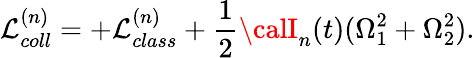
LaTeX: \mathcal{L}_{coll}^{(n)}=+\mathcal{L}_{class}^{(n)}+\frac{{1}}{{2}}{\calI}_{n}(t)(\Omega_{1}^{2}+\Omega_{2}^{2}).